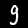
Digit: 9